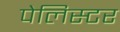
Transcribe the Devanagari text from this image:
पेलिस्टर